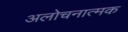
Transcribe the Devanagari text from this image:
अलोचनात्मक